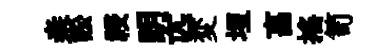
桒訟祲眀匹変埋亯揺笥